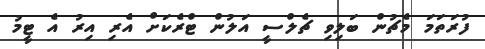
ފުރަތަމަ މެޗުން ބަލިވި ޗެލްސީ އަލުން ޓްރެކަށް އެރި އިރު އެ ޓީމު